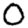
Digit: 0